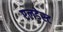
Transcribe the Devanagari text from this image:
एलडेस्ट